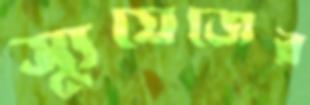
স্যুয়েজের